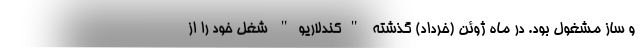
و ساز مشغول بود. در ماه ژوئن (خرداد) گذشته "کندلاریو" شغل خود را از